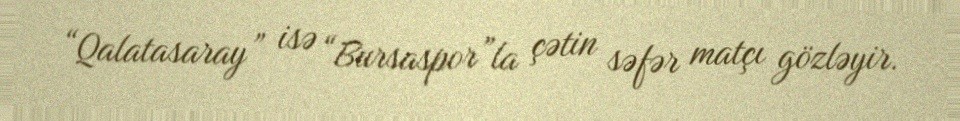
“Qalatasaray” isə “Bursaspor”la çətin səfər matçı gözləyir.